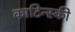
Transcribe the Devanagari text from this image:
काटिन्स्की